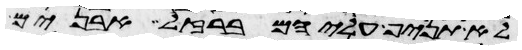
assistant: לא תניף עליהם ברזל אבנים